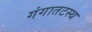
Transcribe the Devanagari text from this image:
गंगातटस्थ